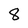
Character: 8